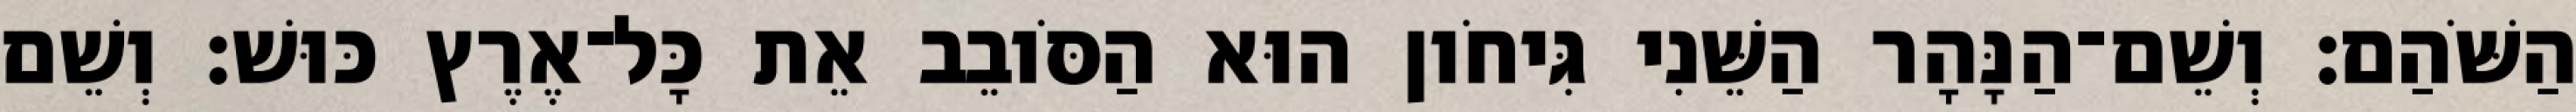
הַשֹּׁהַם׃ וְשֵׁם־הַנָּהָר הַשֵּׁנִי גִּיחֹון הוּא הַסֹּובֵב אֵת כָּל־אֶרֶץ כּוּשׁ׃ וְשֵׁם